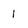
Character: 1